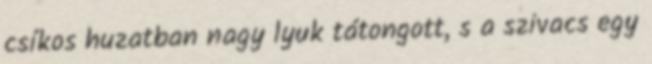
csíkos huzatban nagy lyuk tátongott, s a szivacs egy